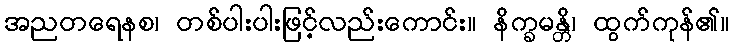
အညတရေနစ၊ တစ်ပါးပါးဖြင့်လည်းကောင်း။ နိက္ခမန္တိ၊ ထွက်ကုန်၏။